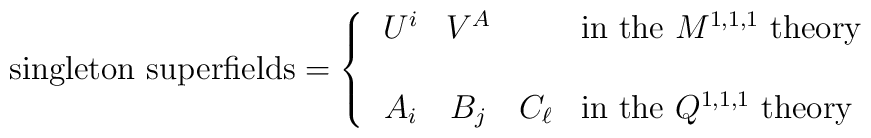
\mbox{singleton superfields}=\cases{\begin{array}{cccl}    U^i & V^A & \null &\mbox{in the $M^{1,1,1}$ theory}  \\    \null & \null & \null \\    A_i & B_j & C_\ell &\mbox{in the $Q^{1,1,1}$ theory}  \  \end{array}}